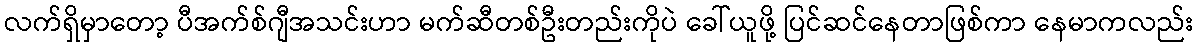
လက်ရှိမှာတော့ ပီအက်စ်ဂျီအသင်းဟာ မက်ဆီတစ်ဦးတည်းကိုပဲ ခေါ်ယူဖို့ ပြင်ဆင်နေတာဖြစ်ကာ နေမာကလည်း